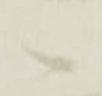
候